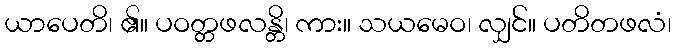
ယာပေတိ၊ ၏။ ပဝတ္တဖလန္တိ၊ ကား။ သယမေဝ၊ လျှင်။ ပတိတဖလံ၊